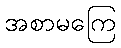
အစာမကြေ